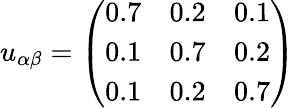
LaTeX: u_{\alpha\beta}=\left(\begin{array}{lll}{0.7}&{0.2}&{0.1}\\ {0.1}&{0.7}&{0.2}\\ {0.1}&{0.2}&{0.7}\end{array}\right)